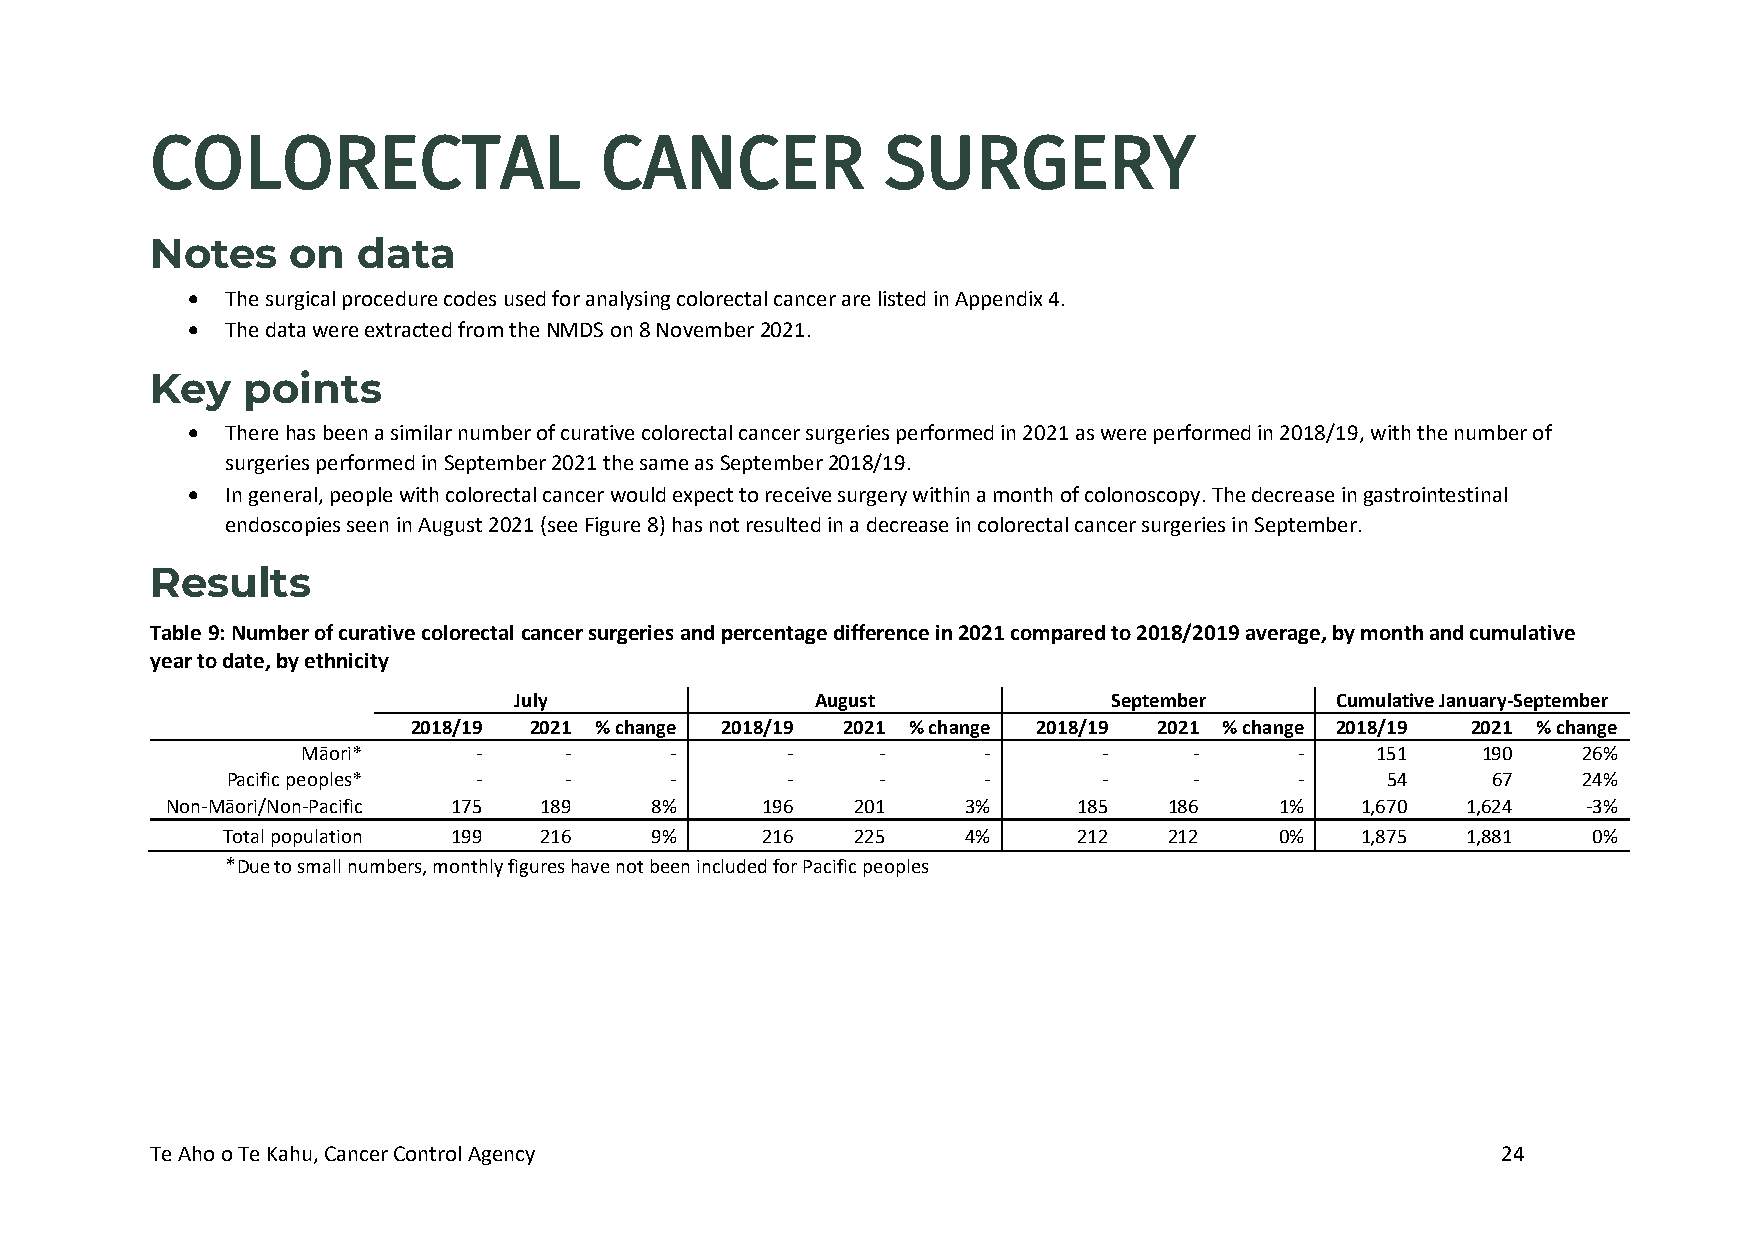
COLORECTAL                    CANCER             SURGERY
 Notes    on   data
 •  The surgical procedure codes used for analysing colorectal cancer are listed in Appendix 4.
 •  The data were extracted from the NMDS on 8 November 2021.
 Key   points
 •  There has been a similar number of curative colorectal cancer surgeries performed in 2021 as were performed in 2018/19, with the number of
 surgeries performed in September 2021 the same as September 2018/19.
 •  In general, people with colorectal cancer would expect to receive surgery within a month of colonoscopy. The decrease in gastrointestinal
 endoscopies seen in August 2021 (see Figure 8) has not resulted in a decrease in colorectal cancer surgeries in September.
 Results
 Table 9: Number of curative colorectal cancer surgeries and percentage difference in 2021 compared to 2018/2019 average, by month and cumulative
 year to date, by ethnicity
 July                August             September      Cumulative January-September
 2018/19 2021 % change 2018/19 2021 % change 2018/19 2021 % change 2018/19 2021 % change
 Māori*      -    -      -       -     -      -       -     -      -    151    190    26%
 Pacific peoples* -    -      -       -     -      -       -     -      -     54     67    24%
 Non-Māori/Non-Pacific 175 189   8%     196    201    3%     185   186     1%   1,670  1,624   -3%
 Total population 199 216    9%     216    225    4%     212   212     0%   1,875  1,881   0%
 *Due to small numbers, monthly figures have not been included for Pacific peoples
 Te Aho o Te Kahu, Cancer Control Agency                                                  24